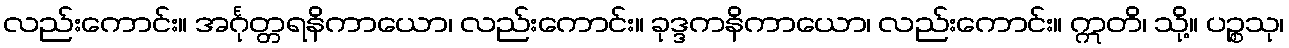
လည်းကောင်း။ အင်္ဂုတ္တရနိကာယော၊ လည်းကောင်း။ ခုဒ္ဒကနိကာယော၊ လည်းကောင်း။ ဣတိ၊ သို့။ ပဉ္စသု၊